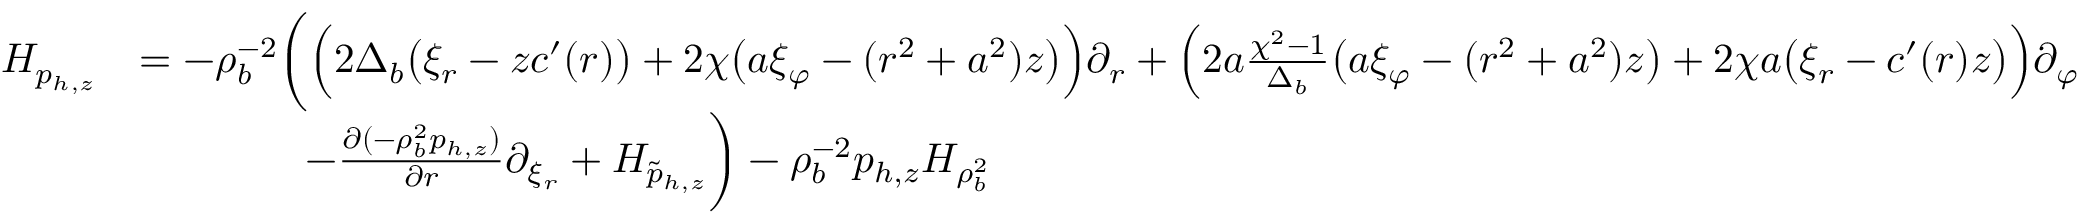
\begin{array} { r l } { H _ { p _ { h , z } } } & { = - \rho _ { b } ^ { - 2 } \bigg ( \Big ( 2 \Delta _ { b } \big ( \xi _ { r } - z c ^ { \prime } ( r ) \big ) + 2 \chi \big ( a \xi _ { \varphi } - ( r ^ { 2 } + a ^ { 2 } ) z \big ) \Big ) \partial _ { r } + \Big ( 2 a \frac { \chi ^ { 2 } - 1 } { \Delta _ { b } } \big ( a \xi _ { \varphi } - ( r ^ { 2 } + a ^ { 2 } ) z \big ) + 2 \chi a \big ( \xi _ { r } - c ^ { \prime } ( r ) z \big ) \Big ) \partial _ { \varphi } } \\ & { \qquad \qquad - \frac { \partial ( - \rho _ { b } ^ { 2 } p _ { h , z } ) } { \partial r } \partial _ { \xi _ { r } } + H _ { \tilde { p } _ { h , z } } \bigg ) - \rho _ { b } ^ { - 2 } p _ { h , z } H _ { \rho _ { b } ^ { 2 } } } \end{array}